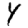
Digit: 4